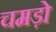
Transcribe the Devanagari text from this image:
चमड़ो